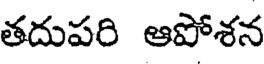
తదుపరి ఆపోశన